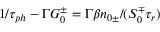
1 / \tau _ { p h } - \Gamma G _ { 0 } ^ { \pm } = \Gamma \beta n _ { 0 \pm } / ( S _ { 0 } ^ { \mp } \tau _ { r } )